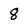
Character: 8